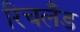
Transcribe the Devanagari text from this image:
रिचलँड